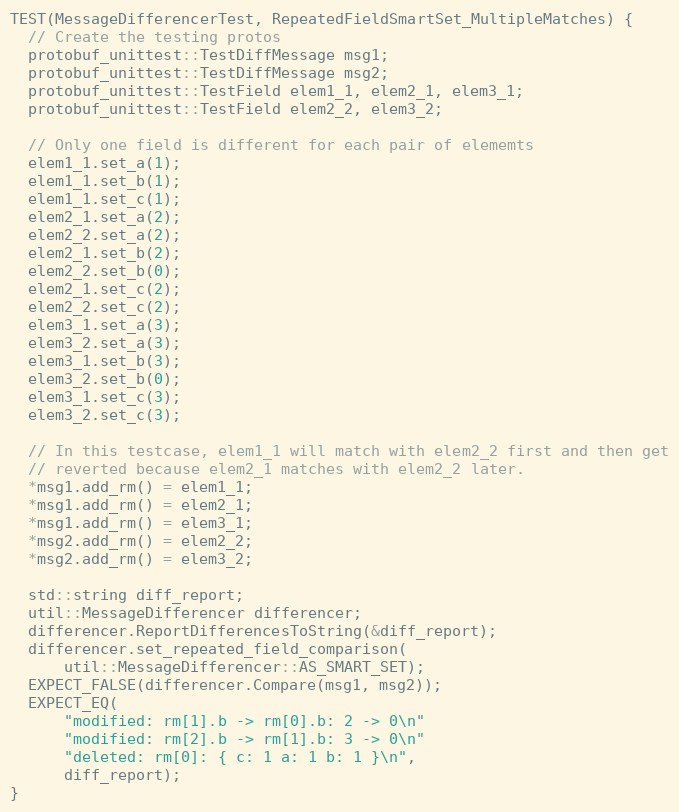
Language: C++
TEST(MessageDifferencerTest, RepeatedFieldSmartSet_MultipleMatches) {
  // Create the testing protos
  protobuf_unittest::TestDiffMessage msg1;
  protobuf_unittest::TestDiffMessage msg2;
  protobuf_unittest::TestField elem1_1, elem2_1, elem3_1;
  protobuf_unittest::TestField elem2_2, elem3_2;

  // Only one field is different for each pair of elememts
  elem1_1.set_a(1);
  elem1_1.set_b(1);
  elem1_1.set_c(1);
  elem2_1.set_a(2);
  elem2_2.set_a(2);
  elem2_1.set_b(2);
  elem2_2.set_b(0);
  elem2_1.set_c(2);
  elem2_2.set_c(2);
  elem3_1.set_a(3);
  elem3_2.set_a(3);
  elem3_1.set_b(3);
  elem3_2.set_b(0);
  elem3_1.set_c(3);
  elem3_2.set_c(3);

  // In this testcase, elem1_1 will match with elem2_2 first and then get
  // reverted because elem2_1 matches with elem2_2 later.
  *msg1.add_rm() = elem1_1;
  *msg1.add_rm() = elem2_1;
  *msg1.add_rm() = elem3_1;
  *msg2.add_rm() = elem2_2;
  *msg2.add_rm() = elem3_2;

  std::string diff_report;
  util::MessageDifferencer differencer;
  differencer.ReportDifferencesToString(&diff_report);
  differencer.set_repeated_field_comparison(
      util::MessageDifferencer::AS_SMART_SET);
  EXPECT_FALSE(differencer.Compare(msg1, msg2));
  EXPECT_EQ(
      "modified: rm[1].b -> rm[0].b: 2 -> 0\n"
      "modified: rm[2].b -> rm[1].b: 3 -> 0\n"
      "deleted: rm[0]: { c: 1 a: 1 b: 1 }\n",
      diff_report);
}